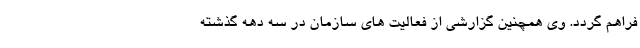
فراهم گردد. وی همچنین گزارشی از فعالیت های سازمان در سه دهه گذشته